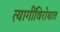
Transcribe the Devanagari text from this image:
त्यागींविरोधात